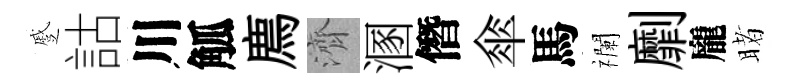
蹙詁川觚廌濟溷僭傘馬襴劘龐睹